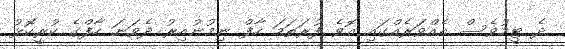
ދެ ޓީމުވެސް އެއްވަރެއްގައި އޮވެ ފުރަތަމަ ހާފް ނިމުނުއިރު ދެވަނަ ހާފްގެ ކުރީކޮޅު